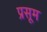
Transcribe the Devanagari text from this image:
प्रसूम